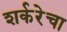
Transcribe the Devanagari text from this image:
शर्करेचा